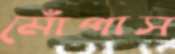
মোঁপাস